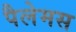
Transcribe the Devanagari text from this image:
पैलेमस